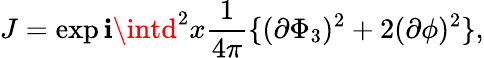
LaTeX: J=\exp\mathbf{i}\intd^{2}x\frac{{1}}{{4\pi}}\{ (\partial\Phi_{3})^{2}+2(\partial\phi)^{2}\} ,